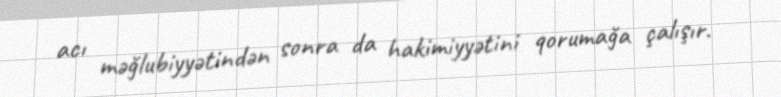
acı məğlubiyyətindən sonra da hakimiyyətini qorumağa çalışır.